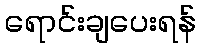
ရောင်းချပေးရန်